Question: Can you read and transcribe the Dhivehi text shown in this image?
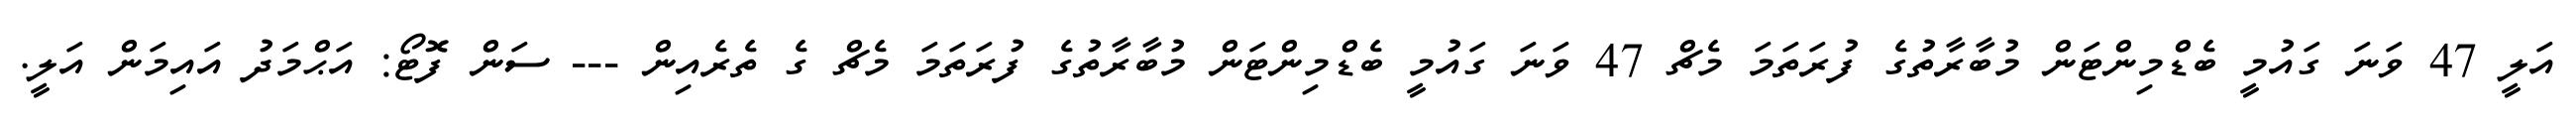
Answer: އަލީ 47 ވަނަ ގައުމީ ބެޑްމިންޓަން މުބާރާތުގެ ފުރަތަމަ މެޗް 47 ވަނަ ގައުމީ ބެޑްމިންޓަން މުބާރާތުގެ ފުރަތަމަ މެޗް ގެ ތެރެއިން --- ސަން ފޮޓޯ: އަޙްމަދު އައިމަން އަލީ.